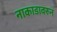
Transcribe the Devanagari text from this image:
नाकाडावरुन